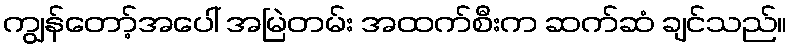
ကျွန်တော့်အပေါ် အမြဲတမ်း အထက်စီးက ဆက်ဆံ ချင်သည်။